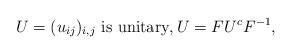
LaTeX: \begin{align*}U=(u_{ij})_{i,j} \textrm{ is unitary}, U=FU^cF^{-1},\end{align*}